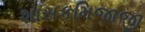
શાસકમિજાજી